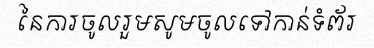
នៃការចូលរួមសូមចូលទៅកាន់ទំព័រ